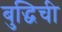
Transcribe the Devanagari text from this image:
बुद्धिची